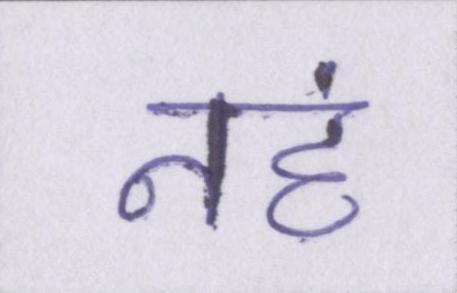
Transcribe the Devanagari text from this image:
नहं